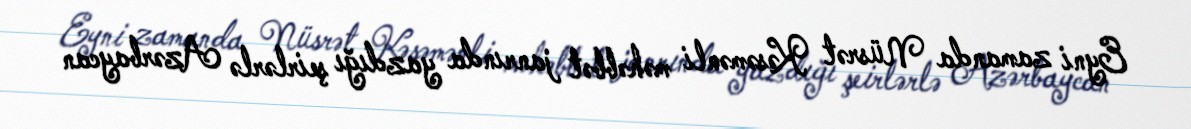
Eyni zamanda Nüsrət Kəsəmənli məhəbbət janrında yazdığı şeirlərlə Azərbaycan